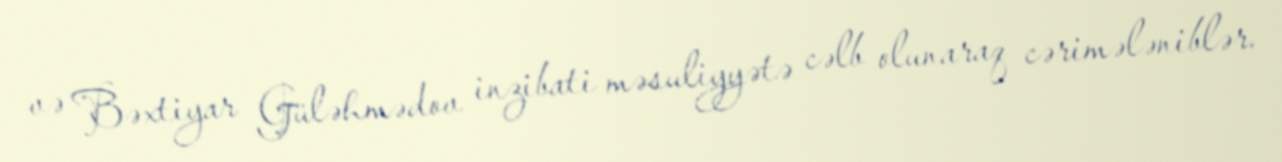
və Bəxtiyar Güləhmədov inzibati məsuliyyətə cəlb olunaraq cərimələniblər.